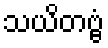
သယိတဗ္ဗံ